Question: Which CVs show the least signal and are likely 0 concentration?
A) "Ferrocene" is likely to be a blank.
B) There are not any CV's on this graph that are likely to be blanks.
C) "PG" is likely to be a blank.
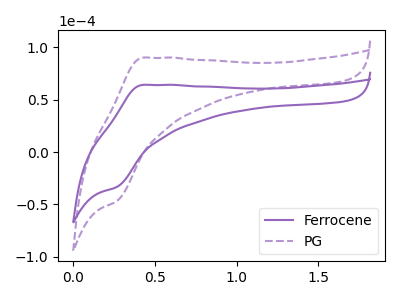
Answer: <think>The purple curve "Ferrocene" has an anodic peak at (0.45V, 64.15uA) and a cathodic peak at (0.25V, -33.25uA). The purple dashed curve "PG" has an anodic peak at (0.45V, 90.15uA) and a cathodic peak at (0.25V, -46.70uA).</think>
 <answer>B) There are not any CV's on this graph that are likely to be blanks.</answer>
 <eval>B</eval>